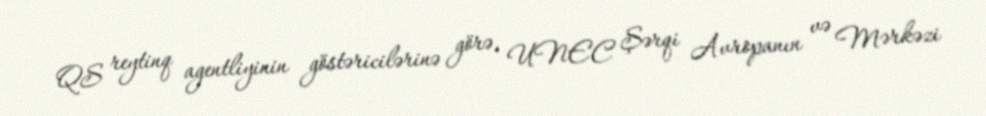
QS reytinq agentliyinin göstəricilərinə görə, UNEC Şərqi Avropanın və Mərkəzi